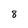
Character: 8